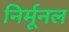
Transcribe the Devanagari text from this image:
निर्मूनल